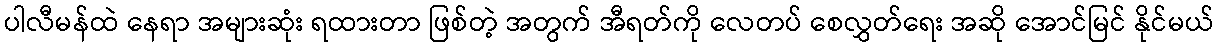
ပါလီမန်ထဲ နေရာ အများဆုံး ရထားတာ ဖြစ်တဲ့ အတွက် အီရတ်ကို လေတပ် စေလွှတ်ရေး အဆို အောင်မြင် နိုင်မယ်